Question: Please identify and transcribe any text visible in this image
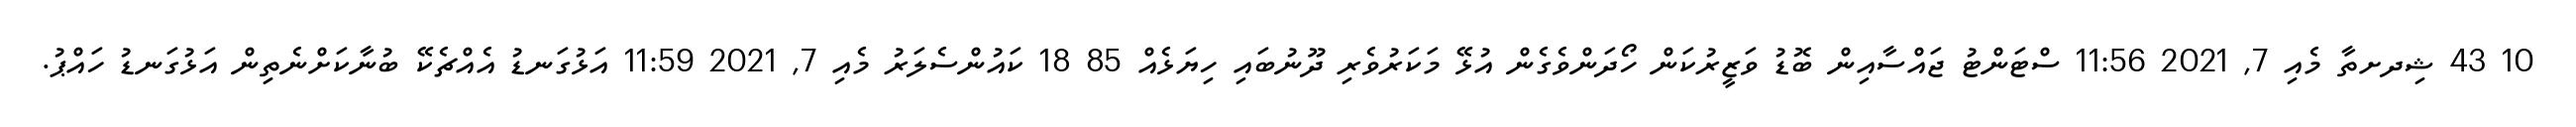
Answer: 10 43 ޝިދށތާ މެއި 7, 2021 11:56 ސްޓަންޓު ޖައްސާއިން ބޮޑު ވަޒީރުކަން ހޯދަންވެގެން އުޅޭ މަކަރުވެރި ދޫނުބައި ހިޔަޅެއް 85 18 ކައުންސެލަރު މެއި 7, 2021 11:59 އަޅުގަނޑު އެއްޗެކޭ ބުނާކަށްނެތިން އަޅުގަނޑު ހައްޕު.